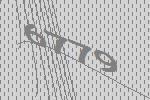
6779